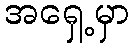
အရှေ့မှာ